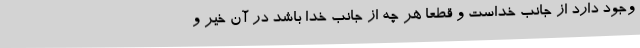
وجود دارد از جانب خداست و قطعا هر چه از جانب خدا باشد در آن خیر و